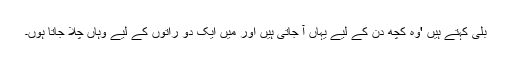
بلی کہتے ہیں 'وہ کچھ دن کے لیے یہاں آ جاتی ہیں اور میں ایک دو راتوں کے لیے وہاں چلا جاتا ہوں۔